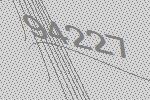
94227